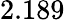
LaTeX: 2.189